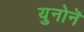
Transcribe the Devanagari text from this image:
युनोनॆ